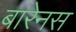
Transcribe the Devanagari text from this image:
बारेनस